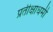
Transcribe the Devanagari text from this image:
प्रतीक्षाधर्मी